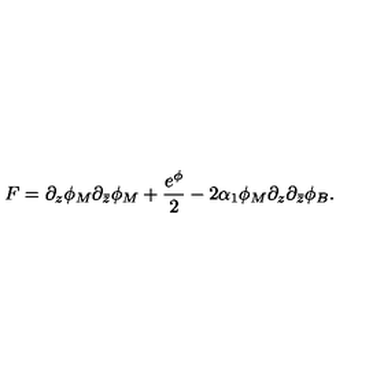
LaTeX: F = \partial _ { z } \phi _ { M } \partial _ { \bar { z } } \phi _ { M } + \frac { e ^ { \phi } } { 2 } - 2 \alpha _ { 1 } \phi _ { M } \partial _ { z } \partial _ { \bar { z } } \phi _ { B } .